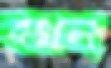
বখল